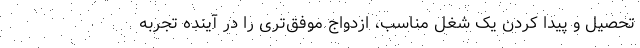
تحصیل و پیدا کردن یک شغل مناسب، ازدواج موفق‌تری را در آینده تجربه